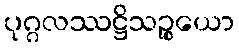
ပုဂ္ဂလဿဋ္ဌိသဉ္စယော